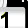
Digit: 1